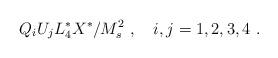
LaTeX: \begin{align*}Q_i U_j L_4^* X^*/M^2_s~,~~~i,j=1,2,3,4~.\end{align*}